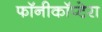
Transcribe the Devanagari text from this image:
फॉनीकॉप्टेरा